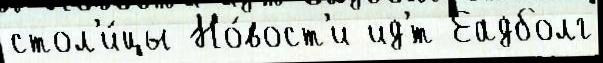
стол'и́цы Но́вост'и ид'́т Еадболг